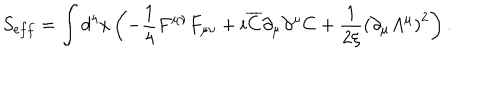
LaTeX: S _ { e f f } = \int { d ^ { 4 } } x \left( { - \frac { 1 } { 4 } F ^ { \mu \nu } F _ { \mu \nu } + i \overline { { C } } \partial _ { \mu } \partial ^ { \mu } C + \frac { 1 } { { 2 \xi } } \left( { \partial _ { \mu } A ^ { \mu } } \right) ^ { 2 } } \right) .